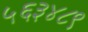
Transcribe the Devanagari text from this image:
५६३४८९